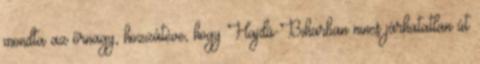
mondta az őrnagy, hozzátéve, hogy Hajdú-Biharban nincs járhatatlan út